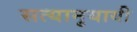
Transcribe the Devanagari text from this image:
सत्यानुयायी